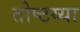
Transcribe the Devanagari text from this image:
तोष्टय्या